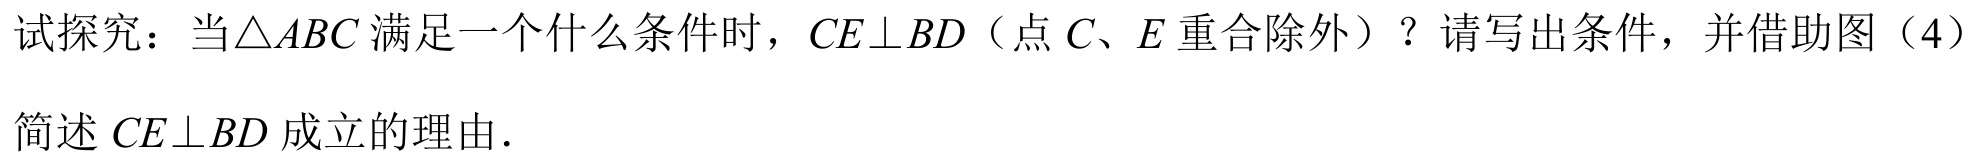
试探究：当\(\triangle ABC\)满足一个什么条件时，\(CE\perp BD\)（点\(C、E\)重合除外）？请写出条件，并借助图（4）
简述\(CE\perp BD\)成立的理由.